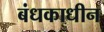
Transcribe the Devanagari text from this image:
बंधकाधीन